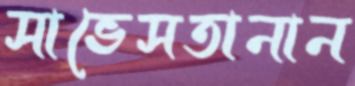
সাভেসতানান